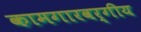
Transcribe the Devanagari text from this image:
कामगारवर्गीय